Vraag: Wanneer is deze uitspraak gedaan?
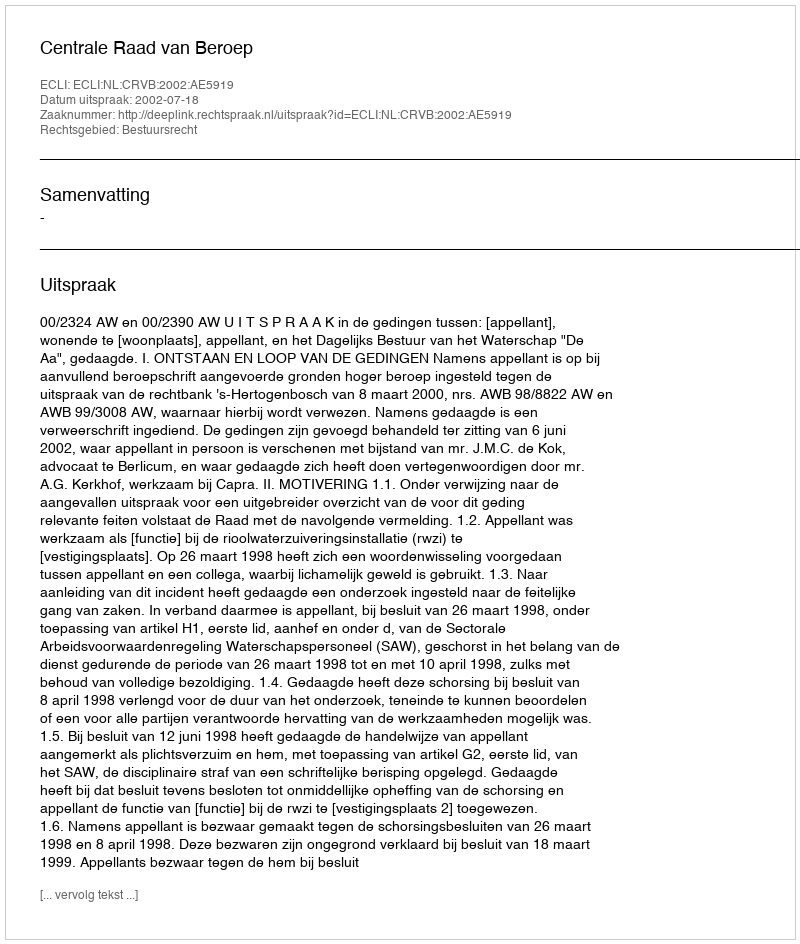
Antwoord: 2002-07-18